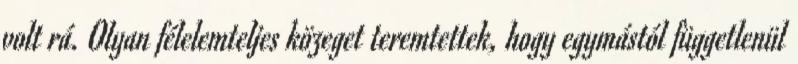
volt rá. Olyan félelemteljes közeget teremtettek, hogy egymástól függetlenül